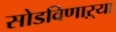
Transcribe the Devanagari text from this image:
सोडविणाऱ्या